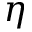
\eta